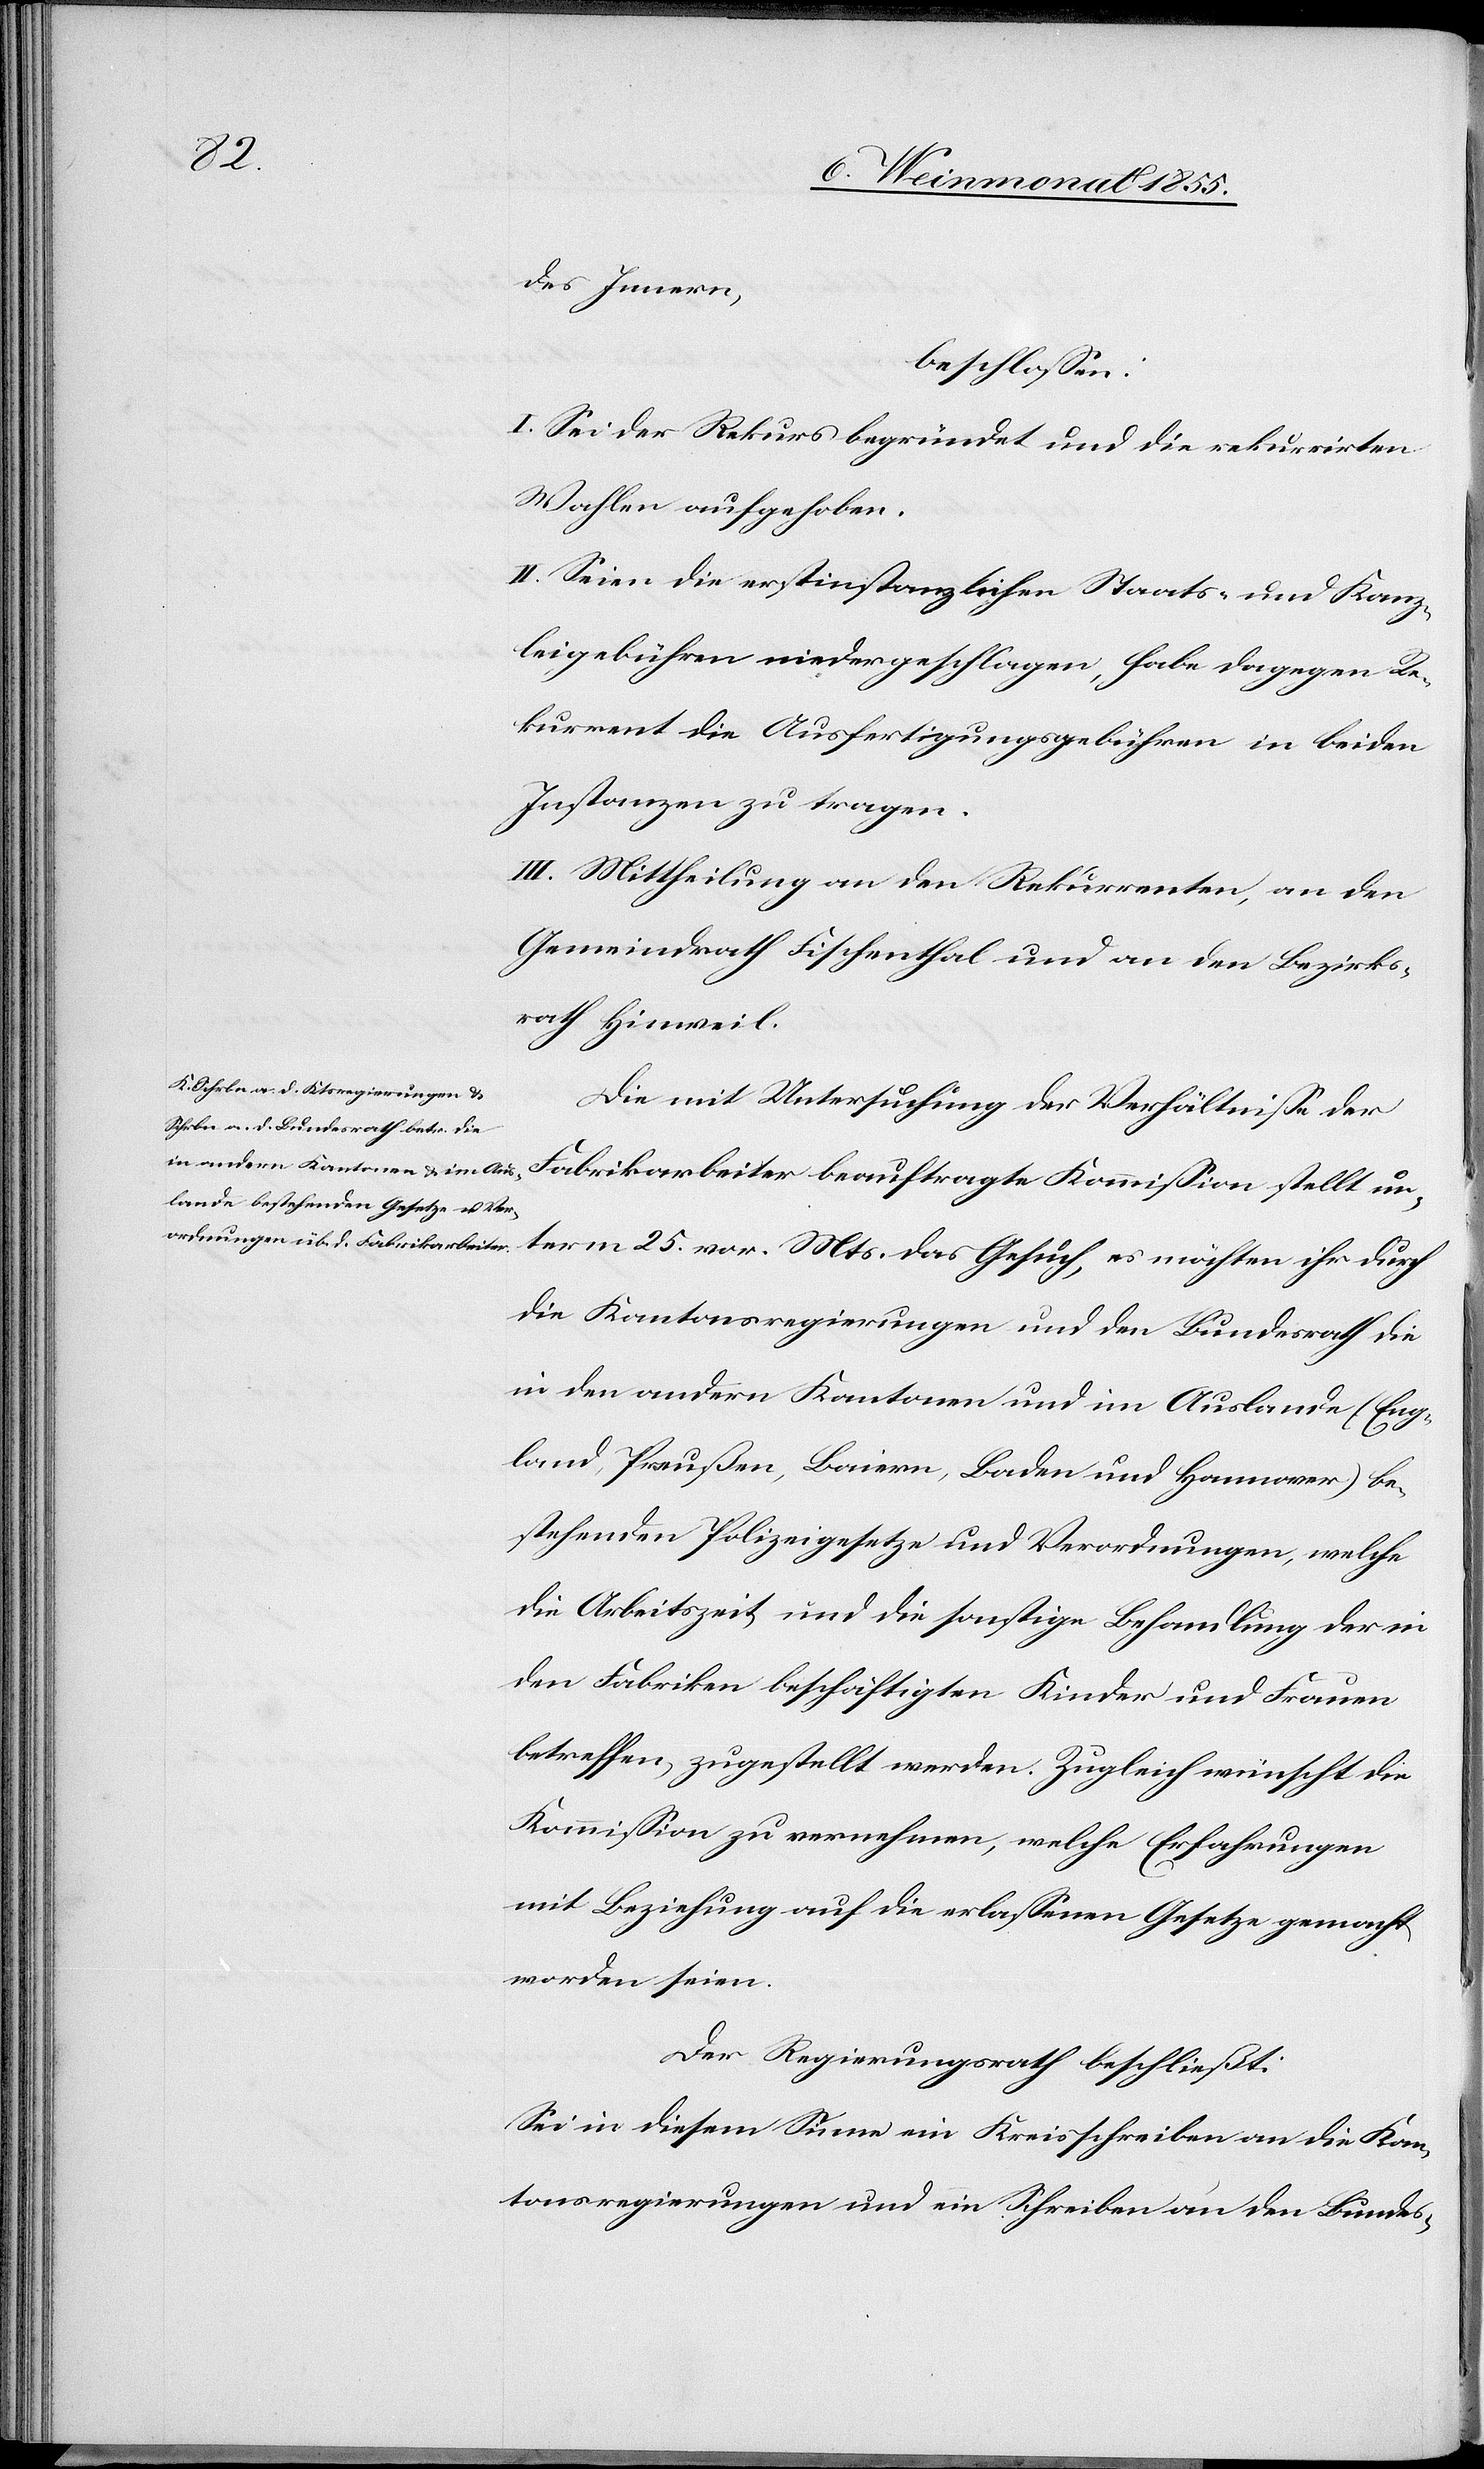
des Innern,
beschlossen:
I. Sei der Rekurs begründet und die rekurrirten
Wahlen aufgehoben.
II. Seien die erstinstanzlichen Staats- und Kanz¬
leigebühren niedergeschlagen, habe dagegen Re¬
kurrent die Ausfertigungsgebühren in beiden
Instanzen zu tragen.
III. Mittheilung an den Rekurrenten, an den
Gemeindrath Fischenthal und an den Bezirks¬
rath Hinweil.
Die mit Untersuchung der Verhältnisse der
Fabrikarbeiter beauftragte Kommission stellt un¬
term 25. vor. Mts. das Gesuch, es möchten ihr durch
die Kantonsregierungen und den Bundesrath die
in den andern Kantonen und im Auslande (Eng¬
land, Preußen, Baiern, Baden und Hannover) be¬
stehenden Polizeigesetze und Verordnungen, welche
die Arbeitszeit und die sonstige Behandlung der in
den Fabriken beschäftigten Kinder und Frauen
betreffen, zugestellt werden. Zugleich wünscht die
Kommission zu vernehmen, welche Erfahrungen
mit Beziehung auf die erlassenen Gesetze gemacht
worden seien.
Der Regierungsrath beschließt:
Sei in diesem Sinne ein Kreisschreiben an die Kan¬
tonsregierungen und ein Schreiben an den Bundes-